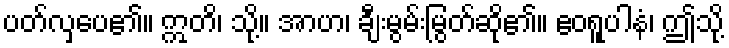
ပတ်လှပေ၏။ ဣတိ၊ သို့။ အာဟ၊ ချီးမွမ်းမြွတ်ဆို၏။ ဧဝရူပါနံ၊ ဤသို့